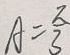
A = \frac { \pi } { 3 }